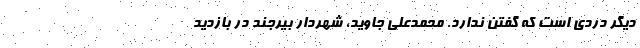
دیگر دردی است که گفتن ندارد. محمدعلی جاوید، شهردار بیرجند در بازدید